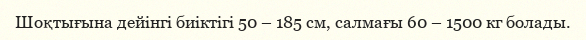
Шоқтығына дейінгі биіктігі 50 – 185 см, салмағы 60 – 1500 кг болады.